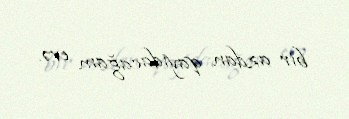
bir azdan qayıdacağam evə.